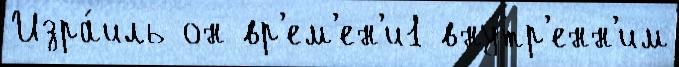
Изра́иль он вр'ем'ен'и1 вну́тр'енн'им